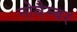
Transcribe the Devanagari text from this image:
नोवैम्बर